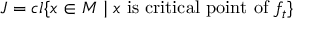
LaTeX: J = c l { \{ x \in M \mid x { \mathrm { ~ i s ~ c r i t i c a l ~ p o i n t ~ o f ~ } } f _ { t } \} }